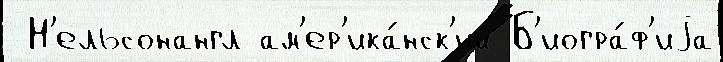
 Н'ельсонангл ам'ер'ика́нск'ий Б'иогра́ф'иjа